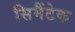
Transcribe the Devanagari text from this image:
सिमैंटेक